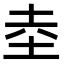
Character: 坴